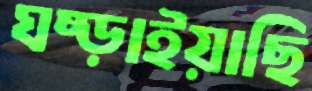
ঘষ্‌ড়াইয়াছি